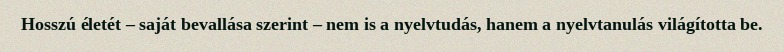
Hosszú életét – saját bevallása szerint – nem is a nyelvtudás, hanem a nyelvtanulás világította be.